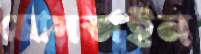
মোসতাইন